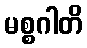
မစ္စဂါတိ